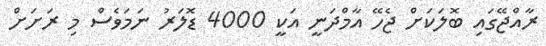
ރާއްޖޭގައި ބޮލަކަށް ޖެހޭ އާމްދަނީ އަކީ 4000 ޑޮލަރު ނަމަވެސް މި ރަށަށް